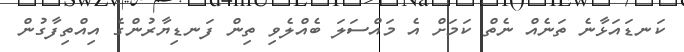
ކަނޑައަޅާނެ ތަނެއް ނެތް ކަމަށް އެ މައްސަލަ ބެއްލެވި ތިން ފަނޑިޔާރުންގެ އިއްތިފާގުން